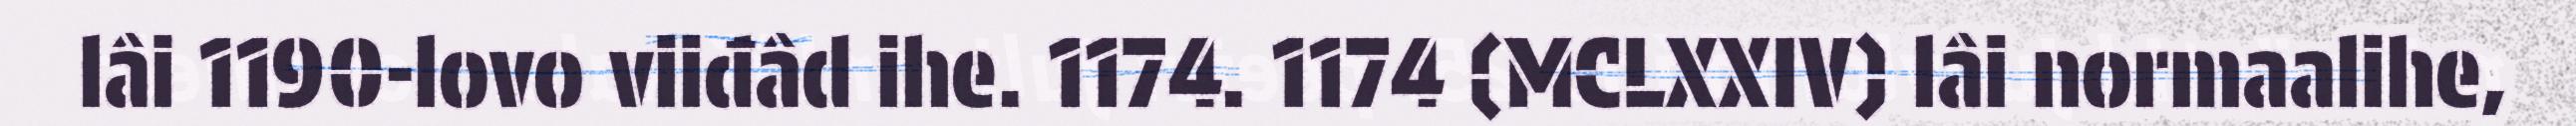
lâi 1190-lovo viiđâd ihe. 1174. 1174 (MCLXXIV) lâi normaalihe,